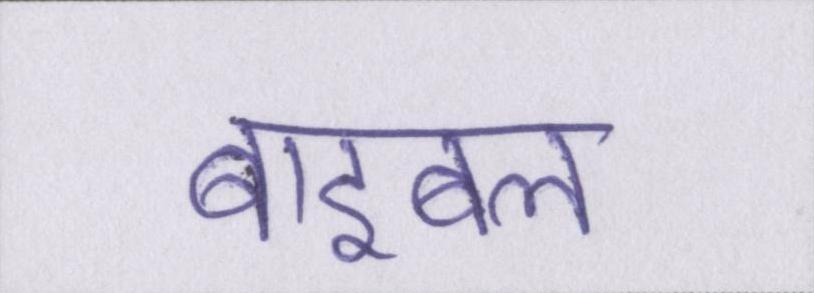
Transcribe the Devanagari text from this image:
बाइबल